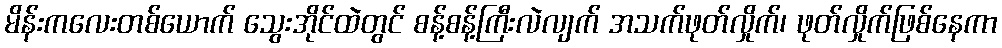
မိန်းကလေးတစ်ယောက် သွေးအိုင်ထဲတွင် စန့်စန့်ကြီးလဲလျက် အသက်ဖုတ်လှိုက်၊ ဖုတ်လှိုက်ဖြစ်နေကာ